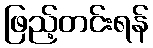
ဖြည့်တင်းရန်